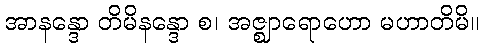
အာနန္ဒော တိမိနန္ဒော စ၊ အဇ္ဈာရောဟော မဟာတိမိ။